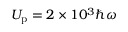
U _ { \mathrm { p } } = 2 \times 1 0 ^ { 3 } \hbar \omega